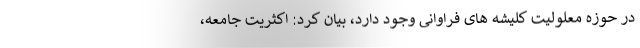
در حوزه معلولیت کلیشه های فراوانی وجود دارد، بیان کرد: اکثریت جامعه،